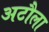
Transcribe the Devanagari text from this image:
अटौला